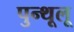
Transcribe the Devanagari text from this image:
पुन्थूलू